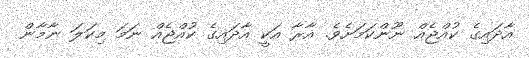
އާދައިގެ ކުއްޖެއް ނޫންކަމަށެވެ. އާރާ އަކީ އާދައިގެ ކުއްޖެއް ނަމަ މިކަލަ ނާމާން